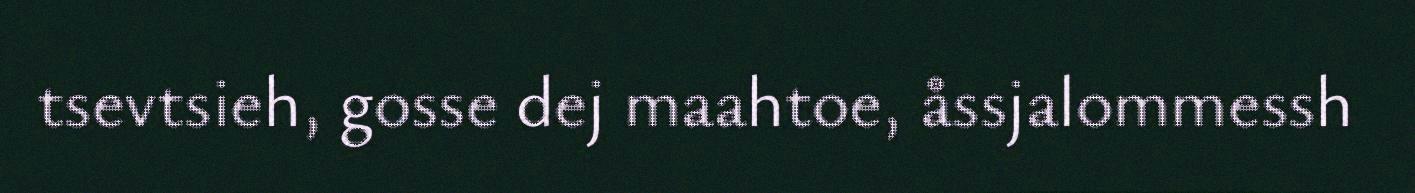
tsevtsieh, gosse dej maahtoe, åssjalommessh